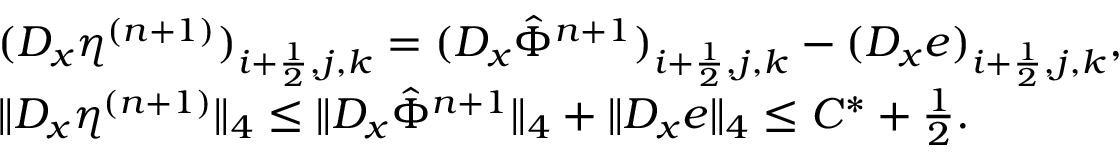
\begin{array} { r l } & { ( D _ { x } \eta ^ { ( n + 1 ) } ) _ { i + \frac { 1 } { 2 } , j , k } = ( D _ { x } \hat { \Phi } ^ { n + 1 } ) _ { i + \frac { 1 } { 2 } , j , k } - ( D _ { x } e ) _ { i + \frac { 1 } { 2 } , j , k } , } \\ & { \| D _ { x } \eta ^ { ( n + 1 ) } \| _ { 4 } \le \| D _ { x } \hat { \Phi } ^ { n + 1 } \| _ { 4 } + \| D _ { x } e \| _ { 4 } \le C ^ { * } + \frac { 1 } { 2 } . } \end{array}